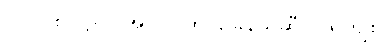
ပါ-၂၂၈၊ ဋ္ဌ-ပ-အုပ်-၁၂၅၊ ခြေနယ်ဆီ လှူရကျိုး။